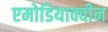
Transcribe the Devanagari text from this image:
एमोडियाक्वीन